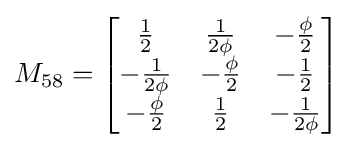
M_{58}={\begin{bmatrix}{\frac {1}{2}}&{\frac {1}{2\phi }}&-{\frac {\phi }{2}}\\-{\frac {1}{2\phi }}&-{\frac {\phi }{2}}&-{\frac {1}{2}}\\-{\frac {\phi }{2}}&{\frac {1}{2}}&-{\frac {1}{2\phi }}\end{bmatrix}}